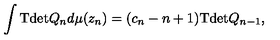
\int \mathrm { T d e t } Q _ { n } d \mu ( z _ { n } ) = ( c _ { n } - n + 1 ) \mathrm { T d e t } Q _ { n - 1 } ,